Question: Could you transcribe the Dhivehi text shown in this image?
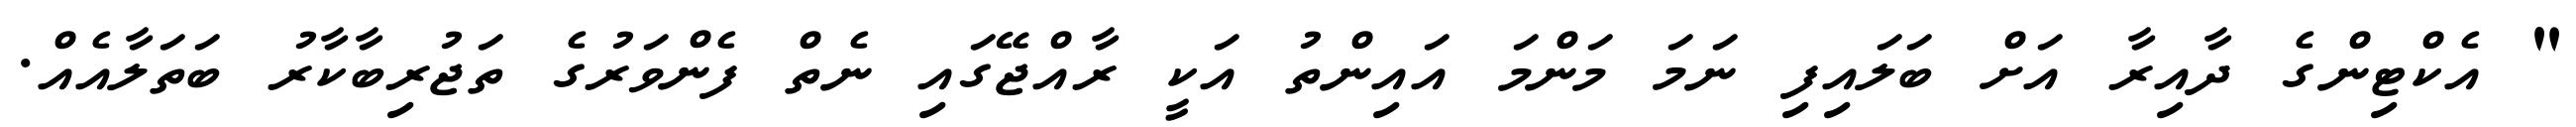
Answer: " އެކްޓިންގެ ދާއިރާ އަށް ބަލައިފި ނަމަ މަންމަ އައިންތު އަކީ ރާއްޖޭގައި ނެތް ފެންވަރުގެ ތަޖުރިބާކާރު ބަތަލާއެއް.